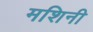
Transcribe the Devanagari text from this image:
मशिनी